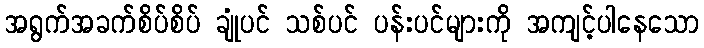
အရွက်အခက်စိပ်စိပ် ချုံပင် သစ်ပင် ပန်းပင်များကို အကျင့်ပါနေသော